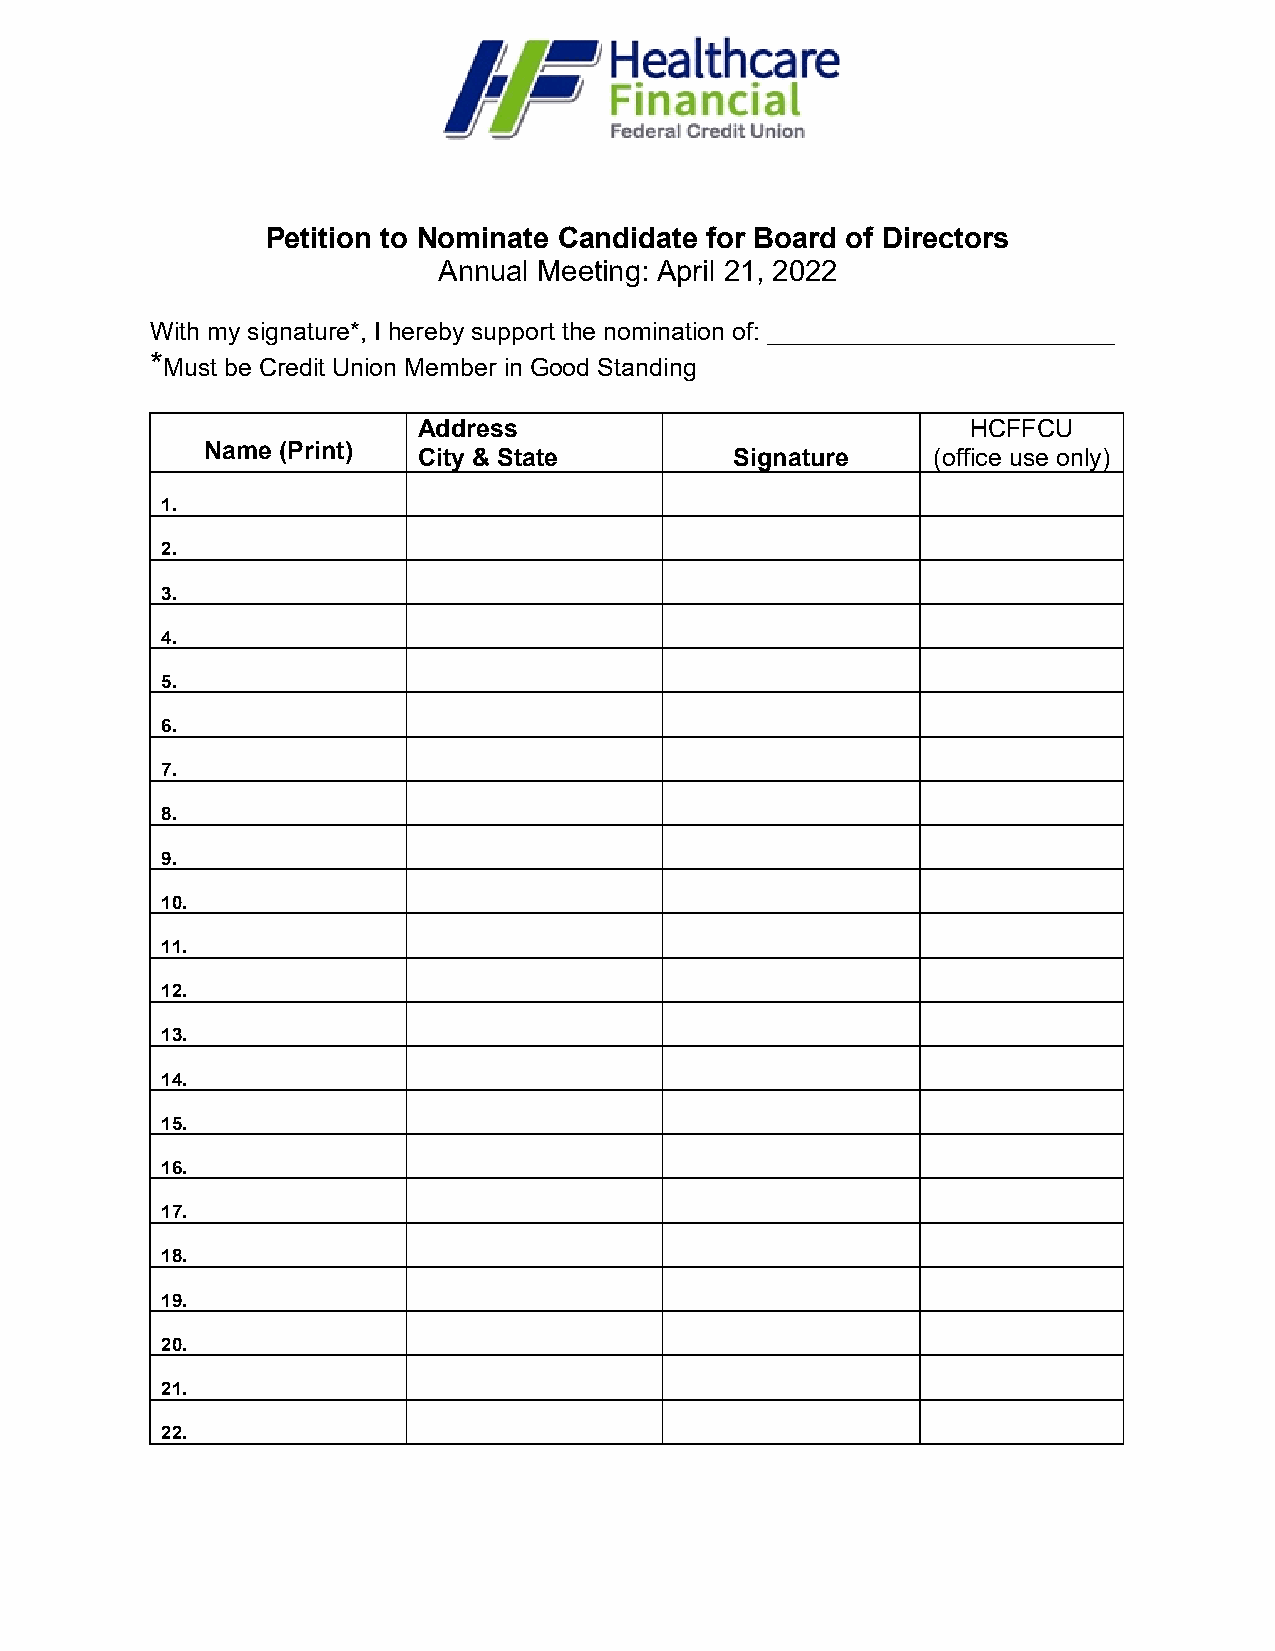
Petition to Nominate Candidate for Board of Directors
 Annual Meeting: April 21, 2022
 With my signature*, I hereby support the nomination of: _________________________
 *Must be Credit Union Member in Good Standing
 Address                             HCFFCU
 Name (Print)  City & State         Signature    (office use only)
 1.
 2.
 3.
 4.
 5.
 6.
 7.
 8.
 9.
 10.
 11.
 12.
 13.
 14.
 15.
 16.
 17.
 18.
 19.
 20.
 21.
 22.